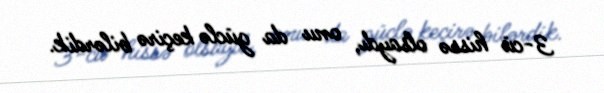
3-cü hissə olsaydı, onu da güclə keçirə bilərdik.